Vaccination in the Punjab 1883-1896 - 1883-1896
Year: 1883
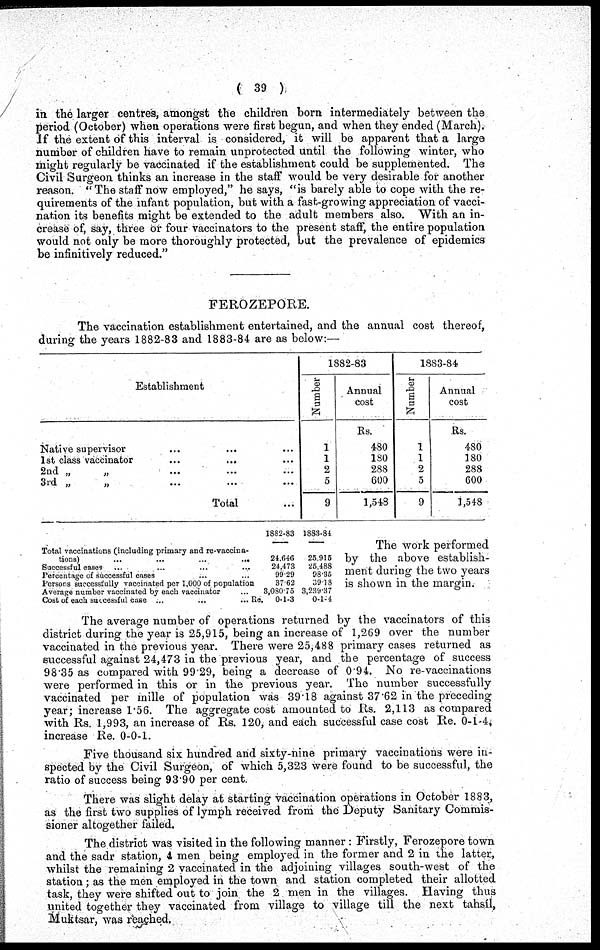
( 39 )
in the larger centres, amongst the children born intermediately between the
period (October) when operations were first begun, and when they ended (March).
If the extent of this interval is considered, it will be apparent that a large
number of children have to remain unprotected until the following winter, who
might regularly be vaccinated if the establishment could be supplemented. The
Civil Surgeon thinks an increase in the staff would be very desirable for another
reason. "The staff now employed," he says, "is barely able to cope with the re-
quirements of the infant population, but with a fast-growing appreciation of vacci-
nation its benefits might be extended to the adult members also. With an in-
crease of, say, three or four vaccinators to the present staff, the entire population
would not only be more thoroughly protected, but the prevalence of epidemics
be infinitively reduced."
FEROZEPORE.
The vaccination establishment entertained, and the annual cost thereof,
during the years 1882-83 and 1883-84 are as below:—
Establishment
Native supervisor ... ... ...
1st class vaccinator ... ... ...
2nd „ „ ... ... ...
3rd
„
„
...
...
...
Total ...
1882-83
Number
1
1
2
5
9
Annual
cost
Rs.
480
180
288
600
1,548
1883-84
Number
1
1
2
5
9
Annual
cost
Us.
480
180
288
600
1,548
Total vaccinations (including primary and re-vaccina-
tions)
...
...
...
...
Successful cases ... ... ... ...
Percentage of successful cases ... ... ... ...
Persons successfully vaccinated per 1,000 of population
Average number vaccinated by each vaccinator ... ...
Cost of each successful case
...
...
...
...
1882-83
24,646
24,473
99.29
37.62
3,080.75
Re. 0-1-3
1883-84
25,915
25,488
98,35
39.18
3,239.37
0-1-4
The work performed
by the above establish-
ment during the two years
is shown in the margin.
The average number of operations returned by the vaccinators of this
district during the year is 25,915, being an increase of 1,269 over the number
vaccinated in the previous year. There were 25,488 primary cases returned as
successful against 24,473 in the previous year, and the percentage of success
98.35 as compared with 99.29, being a decrease of 0.94. No re-vaccinations
were performed in this or in the previous year. The number successfully
vaccinated per mille of population was 39.18 against 37.62 in the preceding
year; increase 1.56. The aggregate cost amounted to Rs. 2,113 as compared
with Rs. 1,993, an increase of Rs. 120, and each successful case cost Re. 0-1-4,
increase Re. 0-0-1.
Five thousand six hundred and sixty-nine primary vaccinations were in-
spected by the Civil Surgeon, of which 5,323 were found to be successful, the
ratio of success being 93.90 per cent.
There was slight delay at starting vaccination operations in October 1883,
as the first two supplies of lymph received from the Deputy Sanitary Commis-
sioner altogether failed.
The district was visited in the following manner : Firstly, Ferozepore town
and the sadr station, 4 men being employed in the former and 2 in the latter,
whilst the remaining 2 vaccinated in the adjoining villages south-west of the
station ; as the men employed in the town and station completed their allotted
task, they were shifted out to join the 2 men in the villages. Having thus
united together they vaccinated from village to village till the next tahsíl,
Muktsar, was reached.